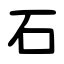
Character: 石